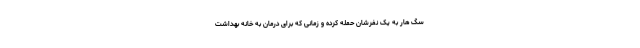
سگ هار به یک نفرشان حمله کرده و زمانی که برای درمان به خانه بهداشت